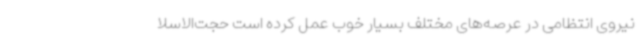
نیروی انتظامی در عرصه‌های مختلف بسیار خوب عمل کرده است حجت‌الاسلا